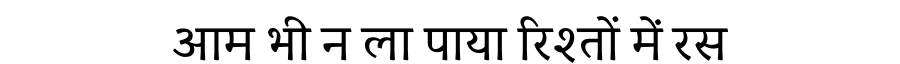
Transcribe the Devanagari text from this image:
आम भी न ला पाया रिश्तों में रस